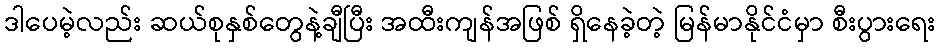
ဒါပေမဲ့လည်း ဆယ်စုနှစ်တွေနဲ့ချီပြီး အထီးကျန်အဖြစ် ရှိနေခဲ့တဲ့ မြန်မာနိုင်ငံမှာ စီးပွားရေး